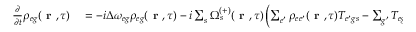
\begin{array} { r l } { \frac { \partial } { \partial t } \rho _ { { e g } } ( \textbf { r } , \tau ) } & { { } = - i \Delta \omega _ { { e g } } \rho _ { { e g } } ( \textbf { r } , \tau ) - i \sum _ { s } \Omega _ { s } ^ { ( + ) } ( \textbf { r } , \tau ) \left( \sum _ { e ^ { \prime } } \rho _ { { e e ^ { \prime } } } ( \textbf { r } , \tau ) T _ { { e ^ { \prime } g } s } - \sum _ { g ^ { \prime } } T _ { { e g ^ { \prime } } s } \rho _ { { g ^ { \prime } g } } ( \textbf { r } , \tau ) \right) } \end{array}